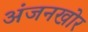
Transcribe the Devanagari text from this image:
अंजनखोर